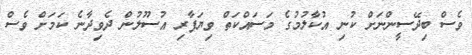
ވެސް ބިދޭސީންނަށް ކުނި އުކާލުމުގެ މަސައްކަތް ވިޔަފާރި އުސޫލުން ދެވިދާނެ ކަމަށް ވެސް